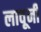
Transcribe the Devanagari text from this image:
लावूनी